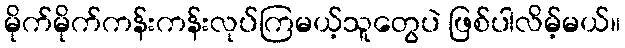
မိုက်မိုက်ကန်းကန်းလုပ်ကြမယ့်သူတွေပဲ ဖြစ်ပါလိမ့်မယ်။